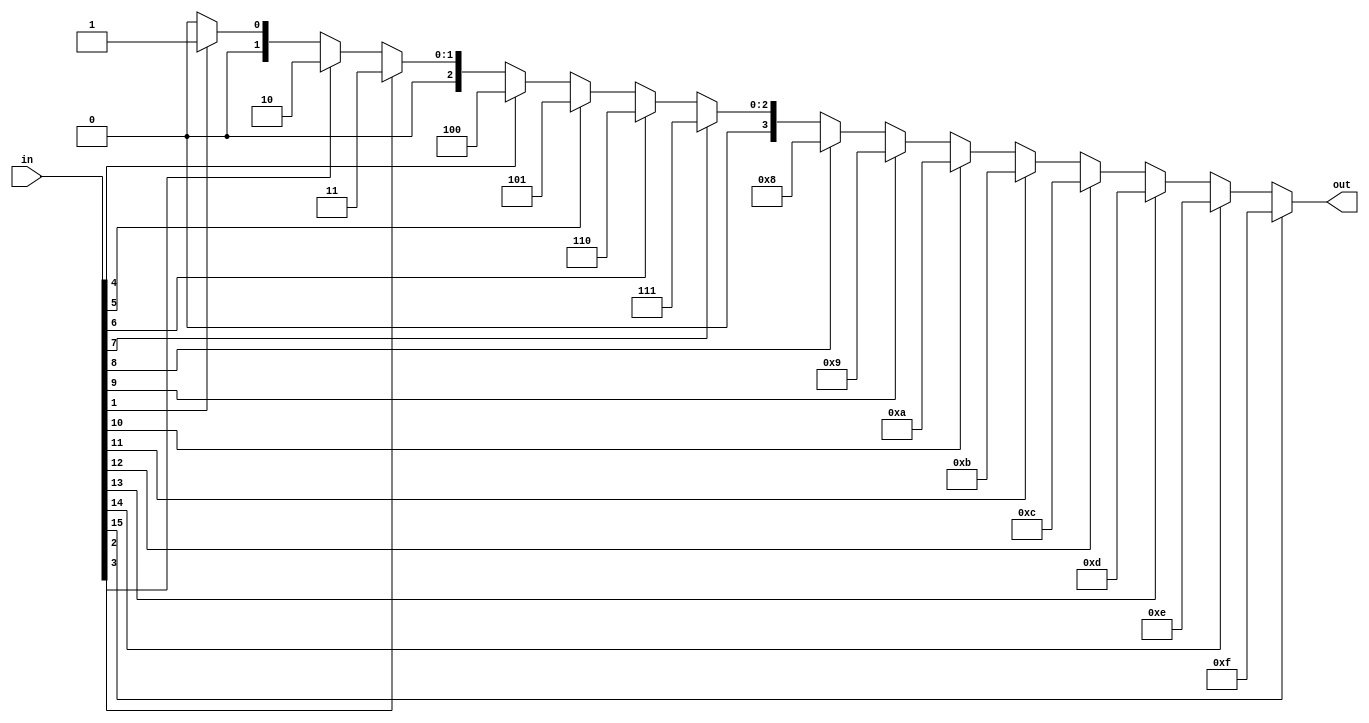
`timescale 1ns/1ps

module priority_encoder_4bit(in, out);
    input [15:0] in;
    output reg [3:0] out;
    always @(*) begin
        if(in[15]) out = 4'b1111;
        else if(in[14]) out = 4'b1110;
        else if(in[13]) out = 4'b1101;
        else if(in[12]) out = 4'b1100;
        else if(in[11]) out = 4'b1011;
        else if(in[10]) out = 4'b1010;
        else if(in[9]) out = 4'b1001;
        else if(in[8]) out = 4'b1000;
        else if(in[7]) out = 4'b0111;
        else if(in[6]) out = 4'b0110;
        else if(in[5]) out = 4'b0101;
        else if(in[4]) out = 4'b0100;
        else if(in[3]) out = 4'b0011;
        else if(in[2]) out = 4'b0010;
        else if(in[1]) out = 4'b0001;
        else out = 4'b0000;
    end
endmodule

module Content_Addressable_Memory(clk, wen, ren, din, addr, dout, hit);
    input clk;
    input wen, ren;
    input [7:0] din;
    input [3:0] addr;
    output [3:0] dout;
    output hit;

    reg [7:0] memory [15:0];
    wire [15:0] match;
    reg [3:0] dout;
    reg hit;
    wire [3:0] temp_dout;
    priority_encoder_4bit match_encoder(match, temp_dout);

    assign match[0] = memory[0] === din;
    assign match[1] = memory[1] === din;
    assign match[2] = memory[2] === din;
    assign match[3] = memory[3] === din;
    assign match[4] = memory[4] === din;
    assign match[5] = memory[5] === din;
    assign match[6] = memory[6] === din;
    assign match[7] = memory[7] === din;
    assign match[8] = memory[8] === din;
    assign match[9] = memory[9] === din;
    assign match[10] = memory[10] === din;
    assign match[11] = memory[11] === din;
    assign match[12] = memory[12] === din;
    assign match[13] = memory[13] === din;
    assign match[14] = memory[14] === din;
    assign match[15] = memory[15] === din;

    always @(posedge clk) begin
        if(ren) begin
            dout <= temp_dout;
            hit <= (match != 16'd0);
        end
        else if(wen) begin
            memory[addr] <= din;
            hit <= 1'b0;
            dout <= 4'b0000;
        end
        else begin
            hit <= 1'b0;
            dout <= 4'b0000;
        end
    end
endmodule